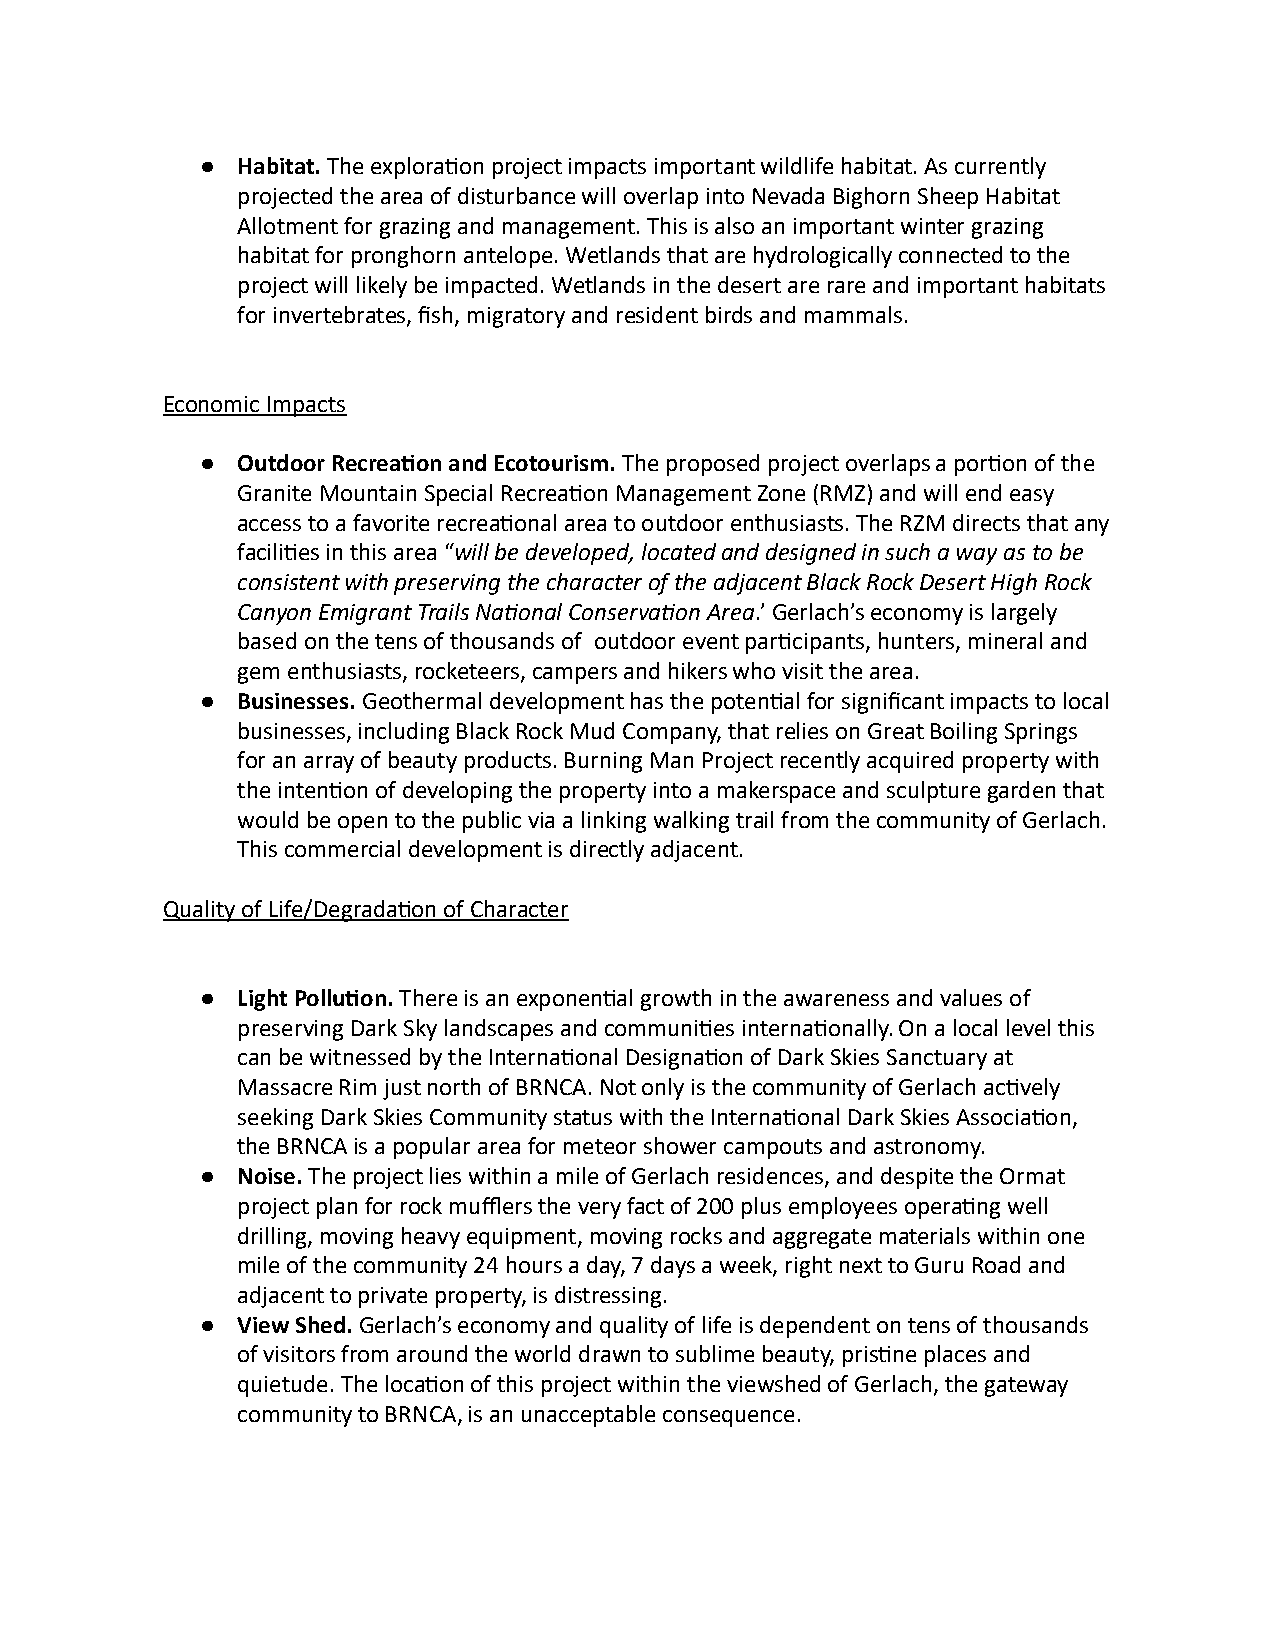
●  Habitat. The exploraon project impacts important wildlife habitat. As currently
 projected the area of disturbance will overlap into Nevada Bighorn Sheep Habitat
 Allotment for grazing and management. This is also an important winter grazing
 habitat for pronghorn antelope. Wetlands that are hydrologically connected to the
 project will likely be impacted. Wetlands in the desert are rare and important habitats
 for invertebrates, fish, migratory and resident birds and mammals.
 Economic Impacts
 ●  Outdoor Recreaon and Ecotourism. The proposed project overlaps a poron of the
 Granite Mountain Special Recreaon Management Zone (RMZ) and will end easy
 access to a favorite recreaonal area to outdoor enthusiasts. The RZM directs that any
 facilies in this area “ will be developed, located and designed in such a way as to be
 consistent with preserving the character of the adjacent Black Rock Desert High Rock
 Canyon Emigrant Trails Naonal Conservaon Area .’ Gerlach’s economy is largely
 based on the tens of thousands of outdoor event parcipants, hunters, mineral and
 gem enthusiasts, rocketeers, campers and hikers who visit the area.
 ●  Businesses. Geothermal development has the potenal for significant impacts to local
 businesses, including Black Rock Mud Company, that relies on Great Boiling Springs
 for an array of beauty products. Burning Man Project recently acquired property with
 the intenon of developing the property into a makerspace and sculpture garden that
 would be open to the public via a linking walking trail from the community of Gerlach.
 This commercial development is directly adjacent.
 Quality of Life/Degradaon of Character
 ●  Light Polluon. There is an exponenal growth in the awareness and values of
 preserving Dark Sky landscapes and communies internaonally. On a local level this
 can be witnessed by the Internaonal Designaon of Dark Skies Sanctuary at
 Massacre Rim just north of BRNCA. Not only is the community of Gerlach acvely
 seeking Dark Skies Community status with the Internaonal Dark Skies Associaon,
 the BRNCA is a popular area for meteor shower campouts and astronomy.
 ●  Noise. The project lies within a mile of Gerlach residences, and despite the Ormat
 project plan for rock mufflers the very fact of 200 plus employees operang well
 drilling, moving heavy equipment, moving rocks and aggregate materials within one
 mile of the community 24 hours a day, 7 days a week, right next to Guru Road and
 adjacent to private property, is distressing.
 ●  View Shed. Gerlach’s economy and quality of life is dependent on tens of thousands
 of visitors from around the world drawn to sublime beauty, prisne places and
 quietude. The locaon of this project within the viewshed of Gerlach, the gateway
 community to BRNCA, is an unacceptable consequence.